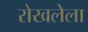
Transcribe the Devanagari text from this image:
रोखलेला